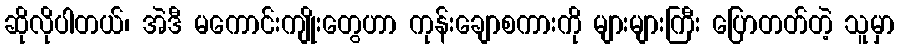
ဆိုလိုပါတယ်၊ အဲဒီ မကောင်းကျိုးတွေဟာ ကုန်းချောစကားကို များများကြီး ပြောတတ်တဲ့ သူမှာ